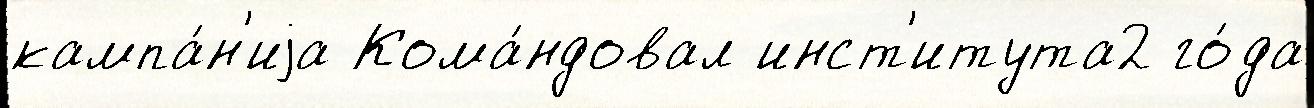
кампа́н'иjа Кома́ндовал инст'итута2 го́да